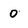
Character: 0